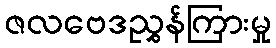
ဇလဗေဒညွှန်ကြားမှု